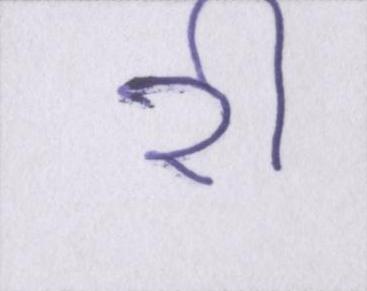
री